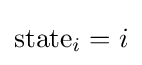
\mathrm {state} _{i}=i